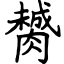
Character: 膥